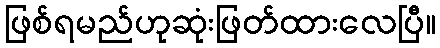
ဖြစ်ရမည်ဟုဆုံးဖြတ်ထားလေပြီ။